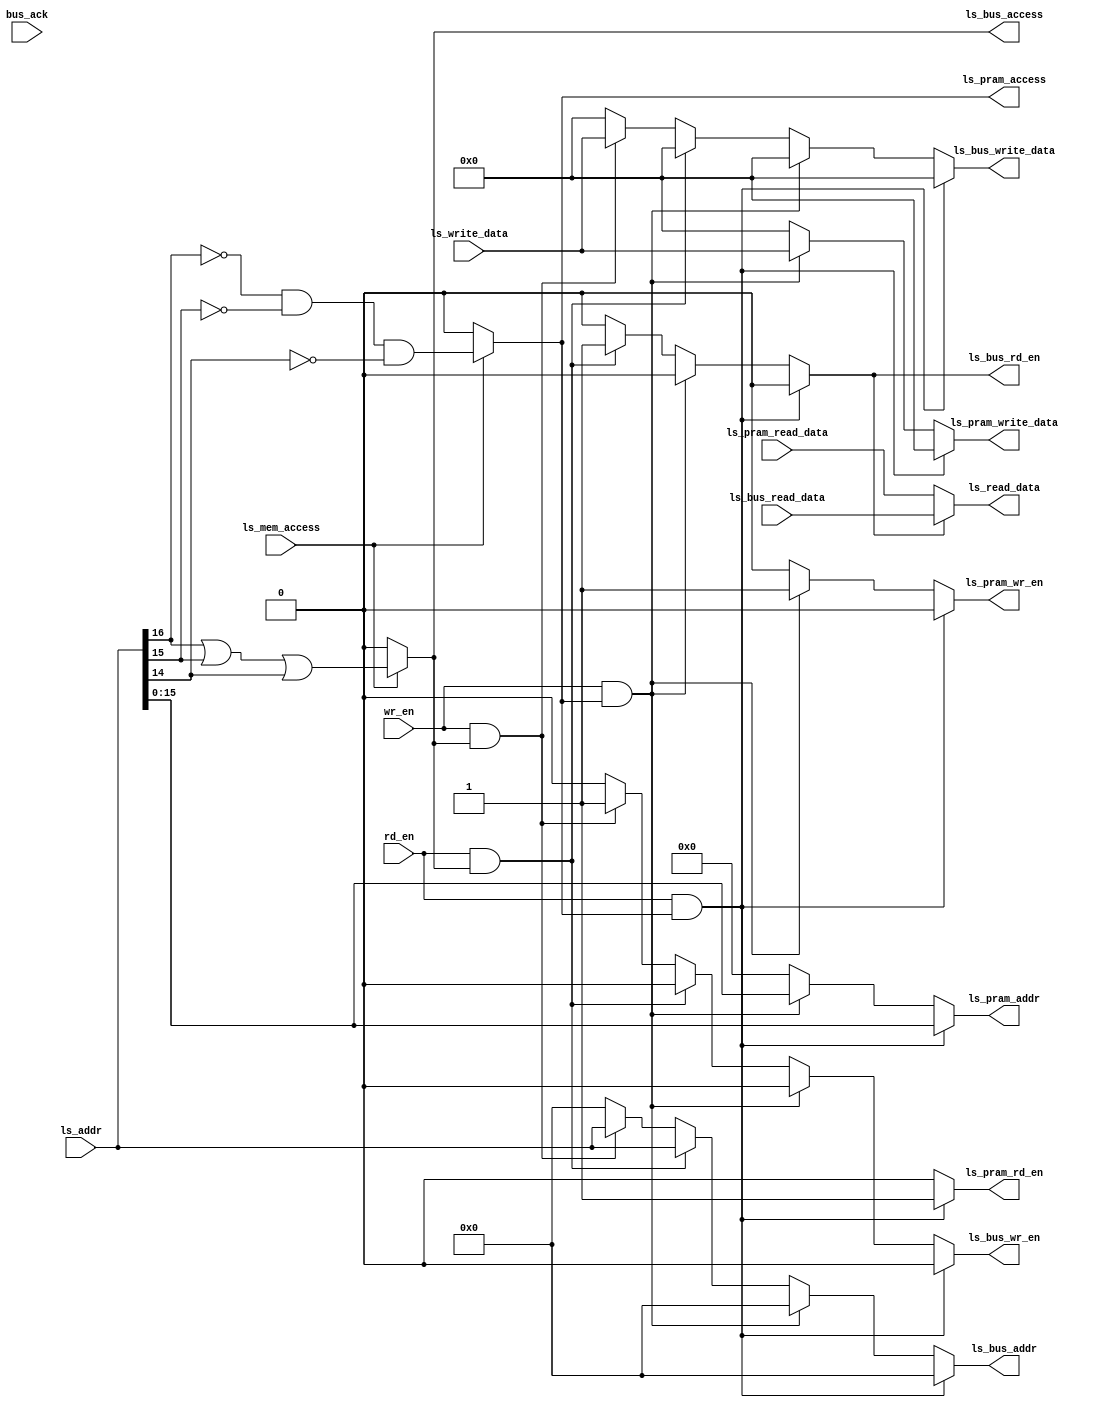
// Company           :   tud                      
//                    			
// Project Name      :   prz    
// Subproject Name   :   gf28_template    
// Description       :   <short description>            
//
// Last Change       :   $Date: 2023-07-09 11:09:31 +0200 (Sun, 09 Jul 2023) $
// by                :   $Author: paja22 $                  			
//------------------------------------------------------------
`timescale 1ns/10ps
module load_store_controller(
    
    input [16:0] ls_addr,  //from trim unit
    input [31:0] ls_write_data,
    input ls_mem_access, //from ctrl is it an access to pram or bus?
    input wr_en, //from ctrl is it a write to pram or bus? 
    input rd_en, //from crl is it a pram read or bus read?
    //input reg_file_wr_en, //can we write data to the reg file; equivalent to rd_en
    output [31:0] ls_read_data, //goes to fetch unit thro trim unit (data read from pram or external bus to register file)
    //output ls_stop_fetch,
    //pram
    output ls_pram_access, //is it a pram access?
    output reg [15:0] ls_pram_addr, // input 32-bit addr to 16-bit addr
    input [31:0] ls_pram_read_data, //from pram
    output reg [31:0] ls_pram_write_data, //to pram
    output reg ls_pram_wr_en, //to pram    
    output reg ls_pram_rd_en, //to pram
    //input ls_pram_read_status, //from pram
    //input ls_pram_write_status, //from pram
    
    //bus
    output ls_bus_access, //is it a bus access?
    output reg [31:0] ls_bus_write_data, //to external bus
    output reg [16:0] ls_bus_addr, //to external bus
    input [31:0] ls_bus_read_data, //from external bus to core
    output reg ls_bus_rd_en, //to bus
    output reg ls_bus_wr_en, //to bus
    //input ls_bus_ack,
    //input ls_bus_fetch_ack
    
    input bus_ack
    );

assign ls_bus_access = (ls_mem_access)? ls_addr[16] || ls_addr[15] || ls_addr[14] : 1'b0; 

//assign ls_bus_access = (ls_mem_access && !bus_ack)? ls_addr[16] || ls_addr[15] || ls_addr[14] : 1'b0; 
assign ls_pram_access = !ls_mem_access? 1'b0 : ((ls_addr[16] == 1'b0) && (ls_addr[15] == 1'b0) && (ls_addr[14] == 1'b0));

wire pram_read = (rd_en && ls_pram_access);
wire pram_write = (wr_en && ls_pram_access);

always @ * //combinational always block use blocking statements
begin
    ls_pram_rd_en = 1'b0; //default values
    ls_pram_addr = 16'd0;
    ls_pram_wr_en = 1'b0;
    ls_pram_write_data = 32'd0;
    ls_bus_rd_en = 1'b0;
    ls_bus_addr = 17'd0;
    ls_bus_wr_en = 1'b0;
    ls_bus_write_data = 32'd0;    
    
    if (pram_read) // read from pram
    begin
       ls_pram_rd_en = 1'b1;
       ls_pram_addr = ls_addr; 
    end
    else if (pram_write) //write to pram
    begin
        ls_pram_wr_en = 1'b1;
        ls_pram_addr = ls_addr;
        ls_pram_write_data = ls_write_data;
    end
    else if (rd_en && ls_bus_access) //read from external bus
    begin
       ls_bus_rd_en = 1'b1;
       ls_bus_addr = ls_addr;
    end
    else if (wr_en && ls_bus_access) //write to external bus
    begin
        ls_bus_wr_en = 1'b1;
        ls_bus_addr = ls_addr;
        ls_bus_write_data = ls_write_data;
    end
end

assign ls_read_data = (ls_bus_rd_en)? ls_bus_read_data : ls_pram_read_data;
//assign ls_read_data = (ls_mem_access && rd_en)? ls_bus_read_data : ls_pram_read_data;
//assign ls_stop_fetch = (ls_bus_access && !ls_bus_ack) || (ls_pram_access && !(ls_pram_read_status || ls_pram_write_status)); // = 1'b1 --> ld_str not complete
endmodule